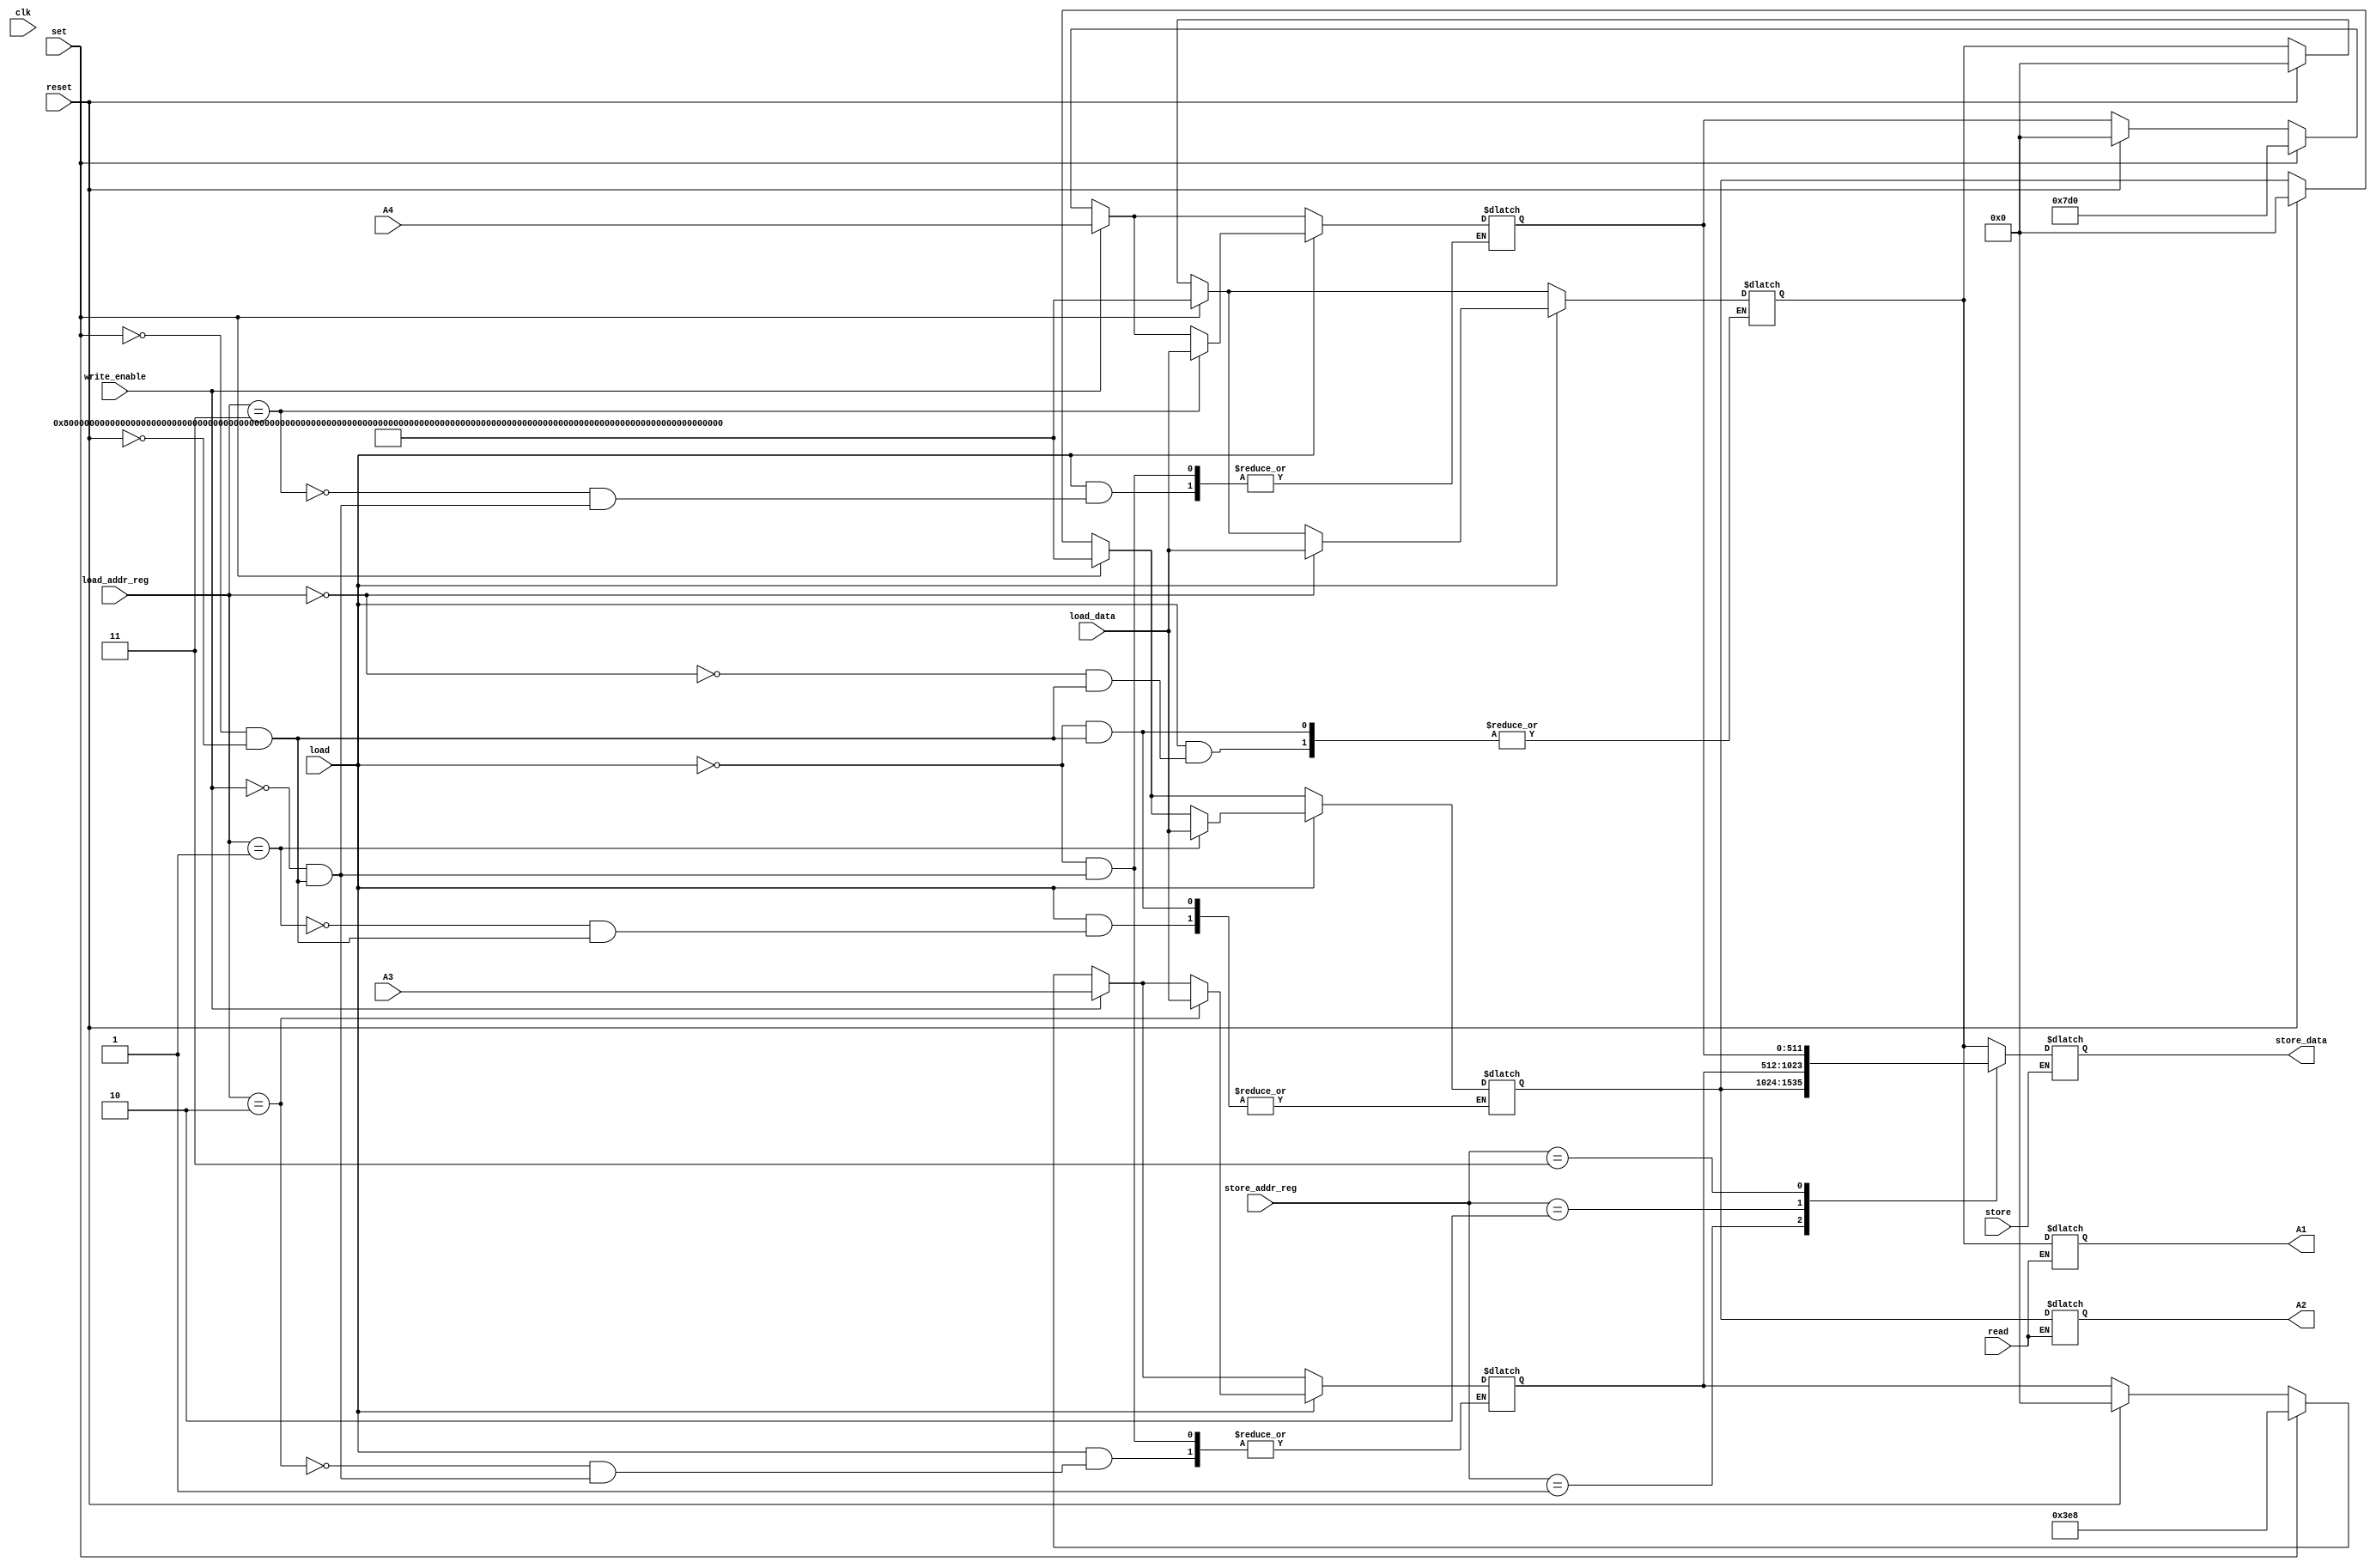

module register_file (
    input[511:0] A3, A4,load_data,
    input[1:0] load_addr_reg, store_addr_reg, //todo specify the size for this part
    input clk , reset, load, store, write_enable, read, set,
    output reg [511:0] A1, A2, store_data
);

    reg[511:0] reg_file[0:3]; // a register file with size 4*512    
    integer i;
    always @(*) begin 
        if (reset) begin
            for (i = 0; i < 4; i = i + 1) begin
                reg_file[i] <= 0;
            end
        end
        if(set) begin
           reg_file[0] <= {1'b1, 511'b0};
           reg_file[1] <= {1'b1, 511'b0};
           reg_file[2] <= 1000;
           reg_file[3] <= 2000;
        end
        if (write_enable) begin
            reg_file[2] <= A3;
            reg_file[3] <= A4;
        end
        if(read) begin
            A1 <= reg_file[0];
            A2 <= reg_file[1];
        end
        if(load) begin
         reg_file[load_addr_reg] <= load_data;
        end
        if(store) begin   
            store_data <= reg_file[store_addr_reg];
        end
            
    end
endmodule